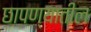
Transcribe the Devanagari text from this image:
छापण्यातील